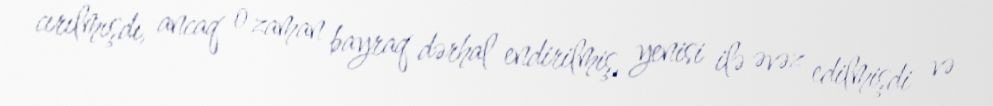
cırılmışdı, ancaq o zaman bayraq dərhal endirilmiş, yenisi ilə əvəz edilmişdi və